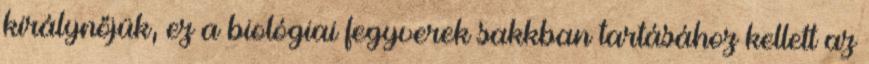
királynőjük, ez a biológiai fegyverek sakkban tartásához kellett az